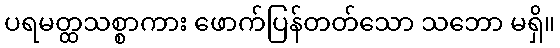
ပရမတ္ထသစ္စာကား ဖောက်ပြန်တတ်သော သဘော မရှိ။